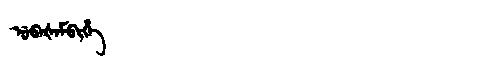
Manchu: ᡠᠪᠠᡧᠠᠮᠪᡳᡥᡝ
Romanization: UBAŠAMBIHE